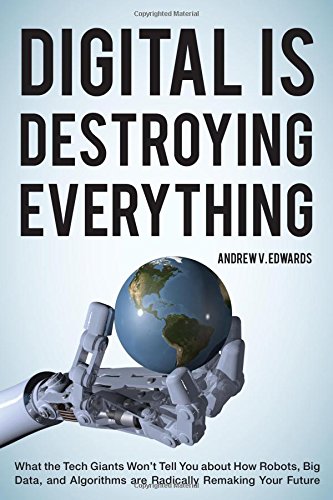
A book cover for Digital Is Destroying Everything: What the Tech Giants Won't Tell You about How Robots, Big Data, and Algorithms Are Radically Remaking Your Future; Andrew V. Edwards; Computers & Technology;